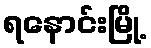
ရနောင်းမြို့